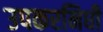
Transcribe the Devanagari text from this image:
उपकरनिधी